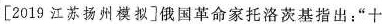
3[2019江苏扬州模拟]俄国革命家托洛茨基指出：”十